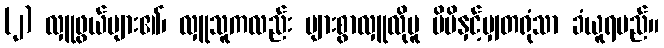
(၂) လှူဖွယ်များ၏၊ လှူသူကလည်း များစွာလှူလိုမူ မိမိနှင့်မျှတရုံသာ ခံယူရမည်။